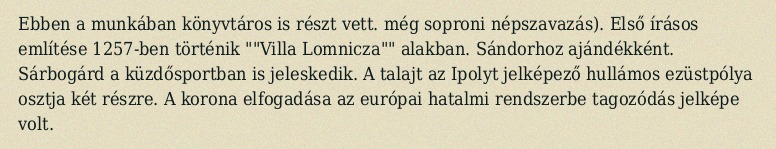
Ebben a munkában könyvtáros is részt vett. még soproni népszavazás). Első írásos említése 1257-ben történik ""Villa Lomnicza"" alakban. Sándorhoz ajándékként. Sárbogárd a küzdősportban is jeleskedik. A talajt az Ipolyt jelképező hullámos ezüstpólya osztja két részre. A korona elfogadása az európai hatalmi rendszerbe tagozódás jelképe volt.